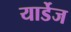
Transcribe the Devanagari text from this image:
यार्डेज